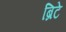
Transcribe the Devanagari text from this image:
ब्रिटे